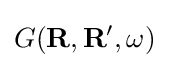
G(\mathbf {R} ,\mathbf {R} ^{\prime },\omega )